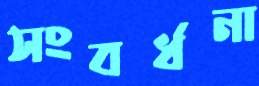
সংবর্ধনা